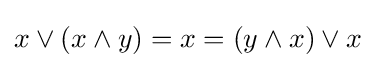
x\vee (x\wedge y)=x=(y\wedge x)\vee x